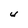
Character: U